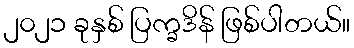
၂၀၂၁ ခုနှစ် ပြက္ခဒိန် ဖြစ်ပါတယ်။